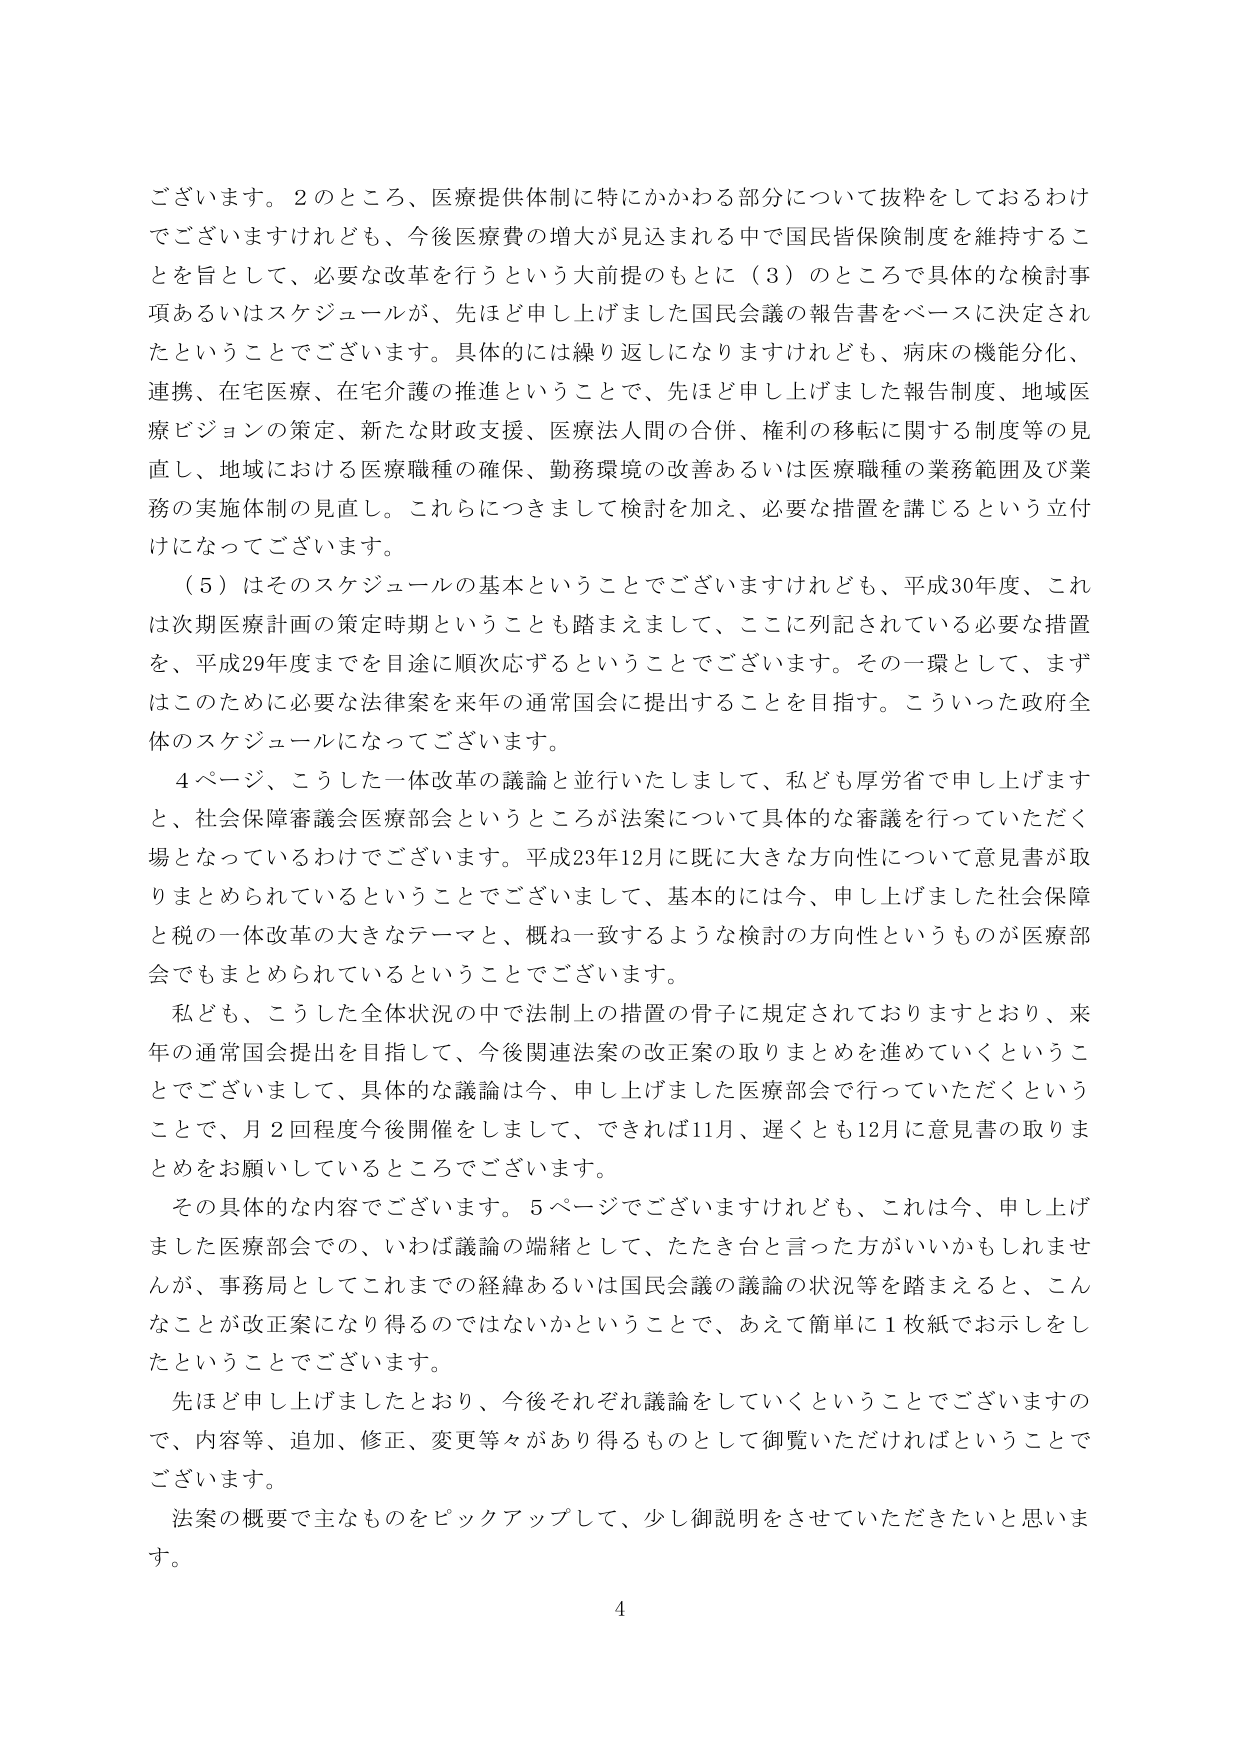
ございます。２のところ、医療提供体制に特にかかわる部分について抜粋をしておるわけでございますけれども、今後医療費の増大が見込まれる中で国民皆保険制度を維持することを旨として、必要な改革を行うという大前提のもとに（３）のところで具体的な検討事項あるいはスケジュールが、先ほど申し上げました国民会議の報告書をベースに決定されたということでございます。具体的には繰り返しになりますけれども、病床の機能分化、連携、在宅医療、在宅介護の推進ということで、先ほど申し上げました報告制度、地域医療ビジョンの策定、新たな財政支援、医療法人間の合併、権利の移転に関する制度等の見直し、地域における医療職種の確保、勤務環境の改善あるいは医療職種の業務範囲及び業務の実施体制の見直し。これらにつきまして検討を加え、必要な措置を講じるという立付けになってございます。

（５）はそのスケジュールの基本ということでございますけれども、平成30年度、これは次期医療計画の策定時期ということも踏まえまして、ここに列記されている必要な措置を、平成29年度までを目途に順次応ずるということでございます。その一環として、まずはこのために必要な法律案を来年の通常国会に提出することを目指す。こういった政府全体のスケジュールになってございます。

４ページ、こうした一体改革の議論と並行いたしまして、私ども厚労省で申し上げますと、社会保障審議会医療部会というところが法案について具体的な審議を行っていただく場となっているわけでございます。平成23年12月に既に大きな方向性について意見書が取りまとめられているということでございまして、基本的には今、申し上げました社会保障と税の一体改革の大きなテーマと、概ね一致するような検討の方向性というものが医療部会でもまとめられているということでございます。

私ども、こうした全体状況の中で法制上の措置の骨子に規定されておりますとおり、来年の通常国会提出を目指して、今後関連法案の改正案の取りまとめを進めていくということでございまして、具体的な議論は今、申し上げました医療部会で行っていただくということで、月２回程度今後開催をしまして、できれば11月、遅くとも12月に意見書の取りまとめをお願いしているところでございます。

その具体的な内容でございます。５ページでございますけれども、これは今、申し上げました医療部会での、いわば議論の端緒として、たたき台と言った方がいいかもしれませんが、事務局としてこれまでの経緯あるいは国民会議の議論の状況等を踏まえると、こんなことが改正案になり得るのではないかということで、あえて簡単に１枚紙でお示しをしたということでございます。

先ほど申し上げましたとおり、今後それぞれ議論をしていくということでございますので、内容等、追加、修正、変更等々があり得るものとして御覧いただければということでございます。

法案の概要で主なものをピックアップして、少し御説明をさせていただきたいと思います。

4